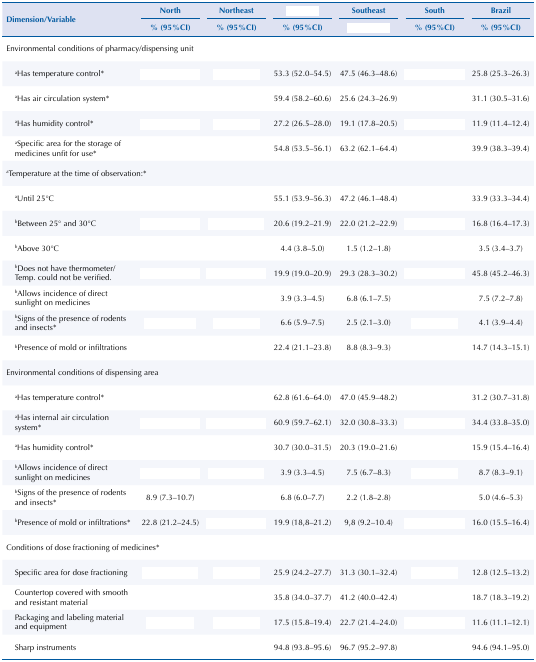
<table><thead><tr><td rowspan="3"><b>Dimension/Variable</b></td><td><b>North</b></td><td><b>Northeast</b></td><td>[EMPTY_CELL]</td><td><b>Southeast</b></td><td><b>South</b></td><td><b>Brazil</b></td></tr><tr><td><b>% (95%CI)</b></td><td><b>% (95%CI)</b></td><td><b>% (95%CI)</b></td><td>[EMPTY_CELL]</td><td><b>% (95%CI)</b></td><td><b>% (95%CI)</b></td></tr></thead><tbody><tr><td colspan="4">Environmental conditions of pharmacy/dispensing unit</td><td>[EMPTY_CELL]</td><td>[EMPTY_CELL]</td><td>[EMPTY_CELL]</td></tr><tr><td><sup>a</sup>Has temperature control*</td><td>[EMPTY_CELL]</td><td>[EMPTY_CELL]</td><td>53.3 (52.0–54.5)</td><td>47.5 (46.3–48.6)</td><td>[EMPTY_CELL]</td><td>25.8 (25.3–26.3)</td></tr><tr><td><sup>a</sup>Has air circulation system*</td><td>[EMPTY_CELL]</td><td>[EMPTY_CELL]</td><td>59.4 (58.2–60.6)</td><td>25.6 (24.3–26.9)</td><td>[EMPTY_CELL]</td><td>31.1 (30.5–31.6)</td></tr><tr><td><sup>a</sup>Has humidity control*</td><td>[EMPTY_CELL]</td><td>[EMPTY_CELL]</td><td>27.2 (26.5–28.0)</td><td>19.1 (17.8–20.5)</td><td>[EMPTY_CELL]</td><td>11.9 (11.4–12.4)</td></tr><tr><td><sup>a</sup>Specific area for the storage of medicines unfit for use*</td><td>[EMPTY_CELL]</td><td>[EMPTY_CELL]</td><td>54.8 (53.5–56.1)</td><td>63.2 (62.1–64.4)</td><td>[EMPTY_CELL]</td><td>39.9 (38.3–39.4)</td></tr><tr><td colspan="5"><sup>a</sup>Temperature at the time of observation:*</td><td>[EMPTY_CELL]</td><td>[EMPTY_CELL]</td></tr><tr><td><sup>a</sup>Until 25°C</td><td>[EMPTY_CELL]</td><td>[EMPTY_CELL]</td><td>55.1 (53.9–56.3)</td><td>47.2 (46.1–48.4)</td><td>[EMPTY_CELL]</td><td>33.9 (33.3–34.4)</td></tr><tr><td><sup>b</sup>Between 25° and 30°C</td><td>[EMPTY_CELL]</td><td>[EMPTY_CELL]</td><td>20.6 (19.2–21.9)</td><td>22.0 (21.2–22.9)</td><td>[EMPTY_CELL]</td><td>16.8 (16.4–17.3)</td></tr><tr><td><sup>b</sup>Above 30°C</td><td>[EMPTY_CELL]</td><td>[EMPTY_CELL]</td><td>4.4 (3.8–5.0)</td><td>1.5 (1.2–1.8)</td><td>[EMPTY_CELL]</td><td>3.5 (3.4–3.7)</td></tr><tr><td><sup>b</sup>Does not have thermometer/Temp. could not be verified.</td><td>[EMPTY_CELL]</td><td>[EMPTY_CELL]</td><td>19.9 (19.0–20.9)</td><td>29.3 (28.3–30.2)</td><td>[EMPTY_CELL]</td><td>45.8 (45.2–46.3)</td></tr><tr><td><sup>b</sup>Allows incidence of direct sunlight on medicines</td><td>[EMPTY_CELL]</td><td>[EMPTY_CELL]</td><td>3.9 (3.3–4.5)</td><td>6.8 (6.1–7.5)</td><td>[EMPTY_CELL]</td><td>7.5 (7.2–7.8)</td></tr><tr><td><sup>b</sup>Signs of the presence of rodents and insects*</td><td>[EMPTY_CELL]</td><td>[EMPTY_CELL]</td><td>6.6 (5.9–7.5)</td><td>2.5 (2.1–3.0)</td><td>[EMPTY_CELL]</td><td>4.1 (3.9–4.4)</td></tr><tr><td><sup>b</sup>Presence of mold or infiltrations</td><td>[EMPTY_CELL]</td><td>[EMPTY_CELL]</td><td>22.4 (21.1–23.8)</td><td>8.8 (8.3–9.3)</td><td>[EMPTY_CELL]</td><td>14.7 (14.3–15.1)</td></tr><tr><td colspan="4">Environmental conditions of dispensing area</td><td>[EMPTY_CELL]</td><td>[EMPTY_CELL]</td><td>[EMPTY_CELL]</td></tr><tr><td><sup>a</sup>Has temperature control*</td><td>[EMPTY_CELL]</td><td>[EMPTY_CELL]</td><td>62.8 (61.6–64.0)</td><td>47.0 (45.9–48.2)</td><td>[EMPTY_CELL]</td><td>31.2 (30.7–31.8)</td></tr><tr><td><sup>a</sup>Has internal air circulation system*</td><td>[EMPTY_CELL]</td><td>[EMPTY_CELL]</td><td>60.9 (59.7–62.1)</td><td>32.0 (30.8–33.3)</td><td>[EMPTY_CELL]</td><td>34.4 (33.8–35.0)</td></tr><tr><td><sup>a</sup>Has humidity control*</td><td>[EMPTY_CELL]</td><td>[EMPTY_CELL]</td><td>30.7 (30.0–31.5)</td><td>20.3 (19.0–21.6)</td><td>[EMPTY_CELL]</td><td>15.9 (15.4–16.4)</td></tr><tr><td><sup>b</sup>Allows incidence of direct sunlight on medicines</td><td>[EMPTY_CELL]</td><td>[EMPTY_CELL]</td><td>3.9 (3.3–4.5)</td><td>7.5 (6.7–8.3)</td><td>[EMPTY_CELL]</td><td>8.7 (8.3–9.1)</td></tr><tr><td><sup>b</sup>Signs of the presence of rodents and insects*</td><td>8.9 (7.3–10.7)</td><td>[EMPTY_CELL]</td><td>6.8 (6.0–7.7)</td><td>2.2 (1.8–2.8)</td><td>[EMPTY_CELL]</td><td>5.0 (4.6–5.3)</td></tr><tr><td><sup>b</sup>Presence of mold or infiltrations*</td><td>22.8 (21.2–24.5)</td><td>[EMPTY_CELL]</td><td>19.9 (18,8–21.2)</td><td>9,8 (9.2–10.4)</td><td>[EMPTY_CELL]</td><td>16.0 (15.5–16.4)</td></tr><tr><td colspan="4">Conditions of dose fractioning of medicines*</td><td>[EMPTY_CELL]</td><td>[EMPTY_CELL]</td><td>[EMPTY_CELL]</td></tr><tr><td>Specific area for dose fractioning</td><td>[EMPTY_CELL]</td><td>[EMPTY_CELL]</td><td>25.9 (24.2–27.7)</td><td>31.3 (30.1–32.4)</td><td>[EMPTY_CELL]</td><td>12.8 (12.5–13.2)</td></tr><tr><td>Countertop covered with smooth and resistant material</td><td>[EMPTY_CELL]</td><td>[EMPTY_CELL]</td><td>35.8 (34.0–37.7)</td><td>41.2 (40.0–42.4)</td><td>[EMPTY_CELL]</td><td>18.7 (18.3–19.2)</td></tr><tr><td>Packaging and labeling material and equipment</td><td>[EMPTY_CELL]</td><td>[EMPTY_CELL]</td><td>17.5 (15.8–19.4)</td><td>22.7 (21.4–24.0)</td><td>[EMPTY_CELL]</td><td>11.6 (11.1–12.1)</td></tr><tr><td>Sharp instruments</td><td>[EMPTY_CELL]</td><td>[EMPTY_CELL]</td><td>94.8 (93.8–95.6)</td><td>96.7 (95.2–97.8)</td><td>[EMPTY_CELL]</td><td>94.6 (94.1–95.0)</td></tr></tbody></table>